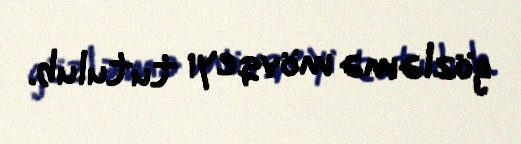
gözləmə mövqeyi tutulub.